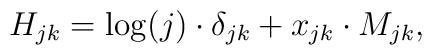
H_{jk}=\log(j)\cdot\delta_{jk}+x_{jk}\cdot M_{jk},